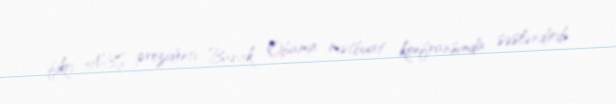
fikri ABŞ prezidenti Barak Obama mətbuat konfransında səsləndirib.